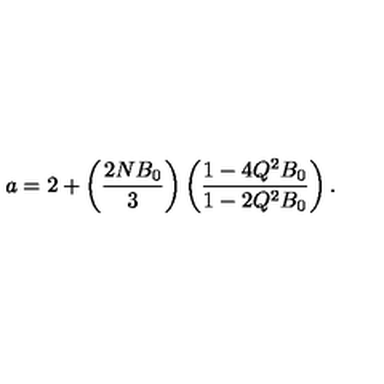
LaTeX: a = 2 + \left( \frac { 2 N B _ { 0 } } { 3 } \right) \left( \frac { 1 - 4 Q ^ { 2 } B _ { 0 } } { 1 - 2 Q ^ { 2 } B _ { 0 } } \right) .